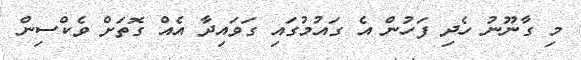
މި ގާނޫނު ހެދި ފަހުން އެ ގައުމުގައި ގަވައިދާ އެއް ގޮތަށް ވެކްސިން